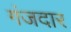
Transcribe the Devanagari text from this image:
गंजदार